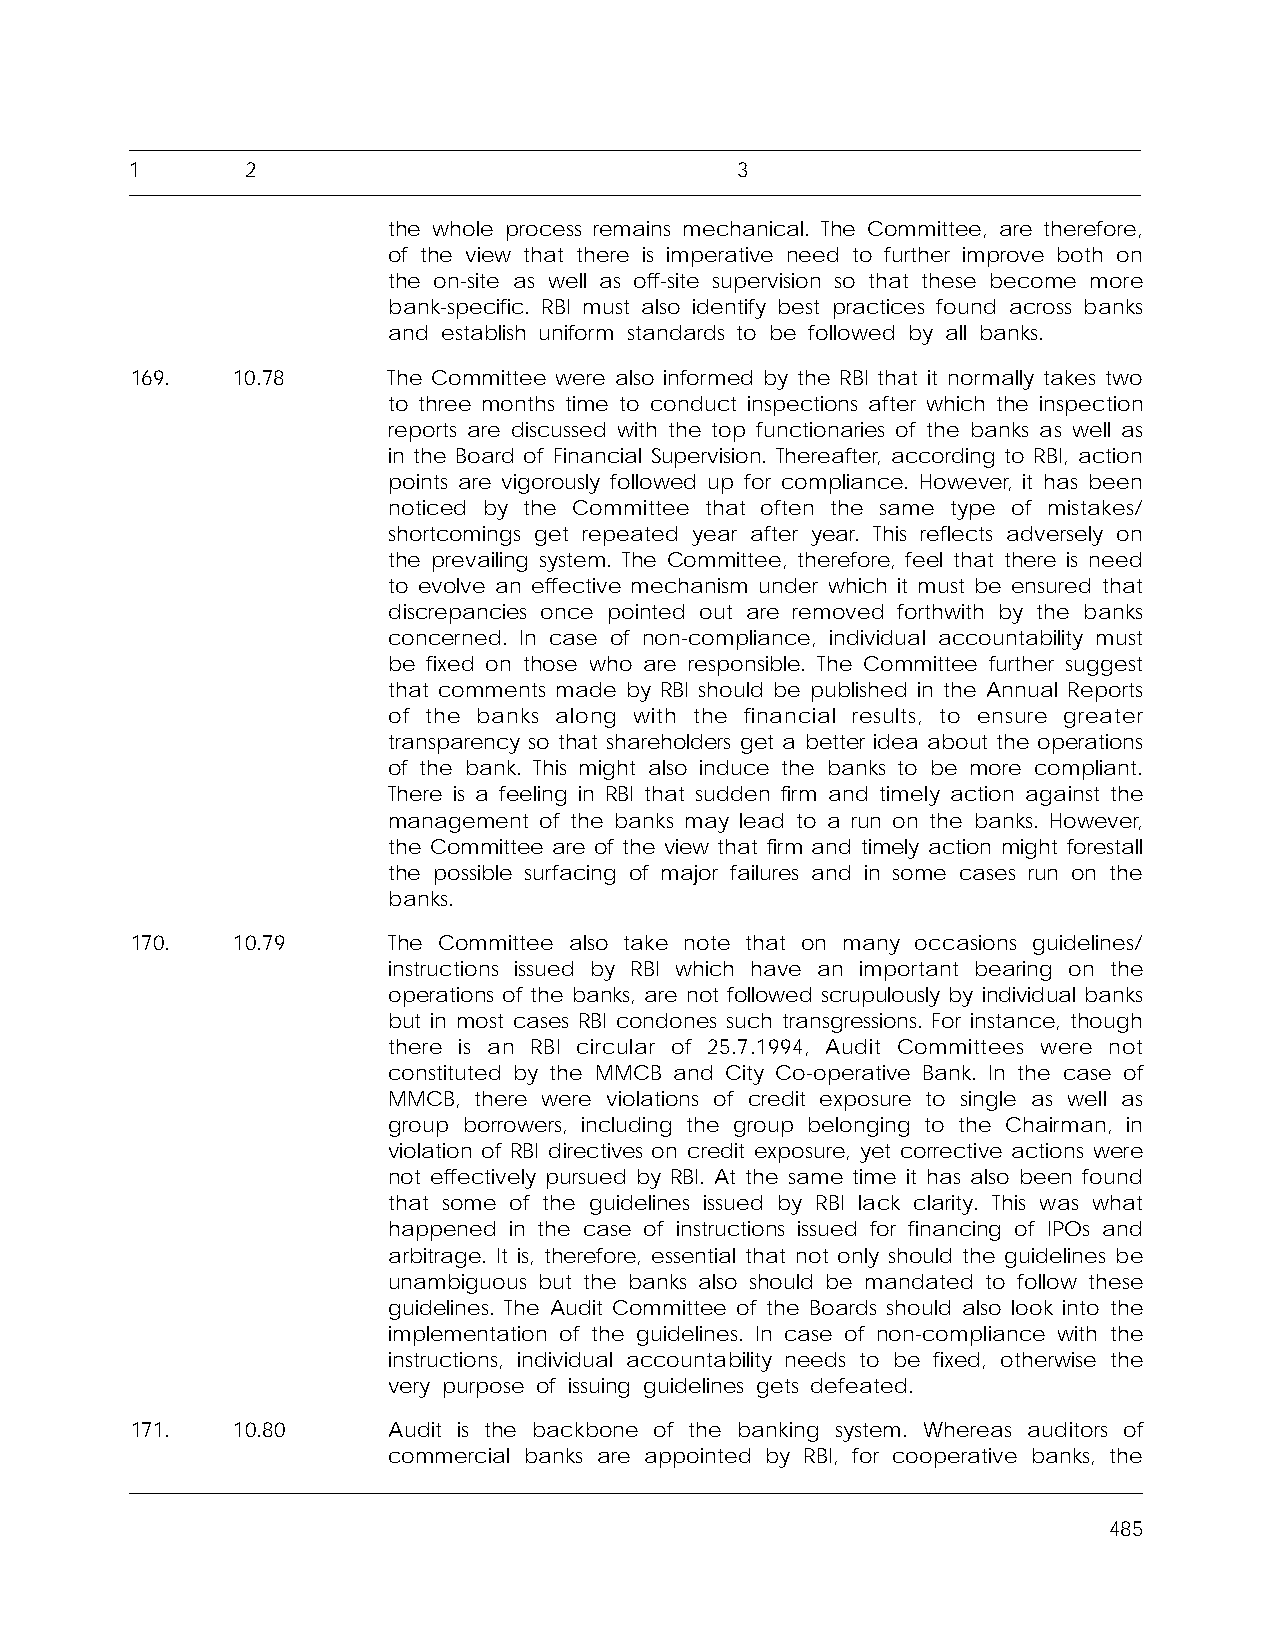
1      2                                3
 the whole process remains mechanical. The Committee, are therefore,
 of the view that there is imperative need to further improve both on
 the on-site as well as off-site supervision so that these become more
 bank-specific. RBI must also identify best practices found across banks
 and establish uniform standards to be followed by all banks.
 169.  10.78      The Committee were also informed by the RBI that it normally takes two
 to three months time to conduct inspections after which the inspection
 reports are discussed with the top functionaries of the banks as well as
 in the Board of Financial Supervision. Thereafter, according to RBI, action
 points are vigorously followed up for compliance. However, it has been
 noticed by the Committee that often the same type of mistakes/
 shortcomings get repeated year after year. This reflects adversely on
 the prevailing system. The Committee, therefore, feel that there is need
 to evolve an effective mechanism under which it must be ensured that
 discrepancies once pointed out are removed forthwith by the banks
 concerned. In case of non-compliance, individual accountability must
 be fixed on those who are responsible. The Committee further suggest
 that comments made by RBI should be published in the Annual Reports
 of the banks along with the financial results, to ensure greater
 transparency so that shareholders get a better idea about the operations
 of the bank. This might also induce the banks to be more compliant.
 There is a feeling in RBI that sudden firm and timely action against the
 management of the banks may lead to a run on the banks. However,
 the Committee are of the view that firm and timely action might forestall
 the possible surfacing of major failures and in some cases run on the
 banks.
 170.  10.79      The Committee also take note that on many occasions guidelines/
 instructions issued by RBI which have an important bearing on the
 operations of the banks, are not followed scrupulously by individual banks
 but in most cases RBI condones such transgressions. For instance, though
 there is an RBI circular of 25.7.1994, Audit Committees were not
 constituted by the MMCB and City Co-operative Bank. In the case of
 MMCB, there were violations of credit exposure to single as well as
 group borrowers, including the group belonging to the Chairman, in
 violation of RBI directives on credit exposure, yet corrective actions were
 not effectively pursued by RBI. At the same time it has also been found
 that some of the guidelines issued by RBI lack clarity. This was what
 happened in the case of instructions issued for financing of IPOs and
 arbitrage. It is, therefore, essential that not only should the guidelines be
 unambiguous but the banks also should be mandated to follow these
 guidelines. The Audit Committee of the Boards should also look into the
 implementation of the guidelines. In case of non-compliance with the
 instructions, individual accountability needs to be fixed, otherwise the
 very purpose of issuing guidelines gets defeated.
 171.  10.80      Audit is the backbone of the banking system. Whereas auditors of
 commercial banks are appointed by RBI, for cooperative banks, the
 485